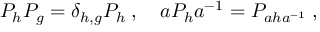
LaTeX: P _ { h } P _ { g } = \delta _ { h , g } P _ { h } \; , \quad a P _ { h } a ^ { - 1 } = P _ { a h a ^ { - 1 } } \; ,